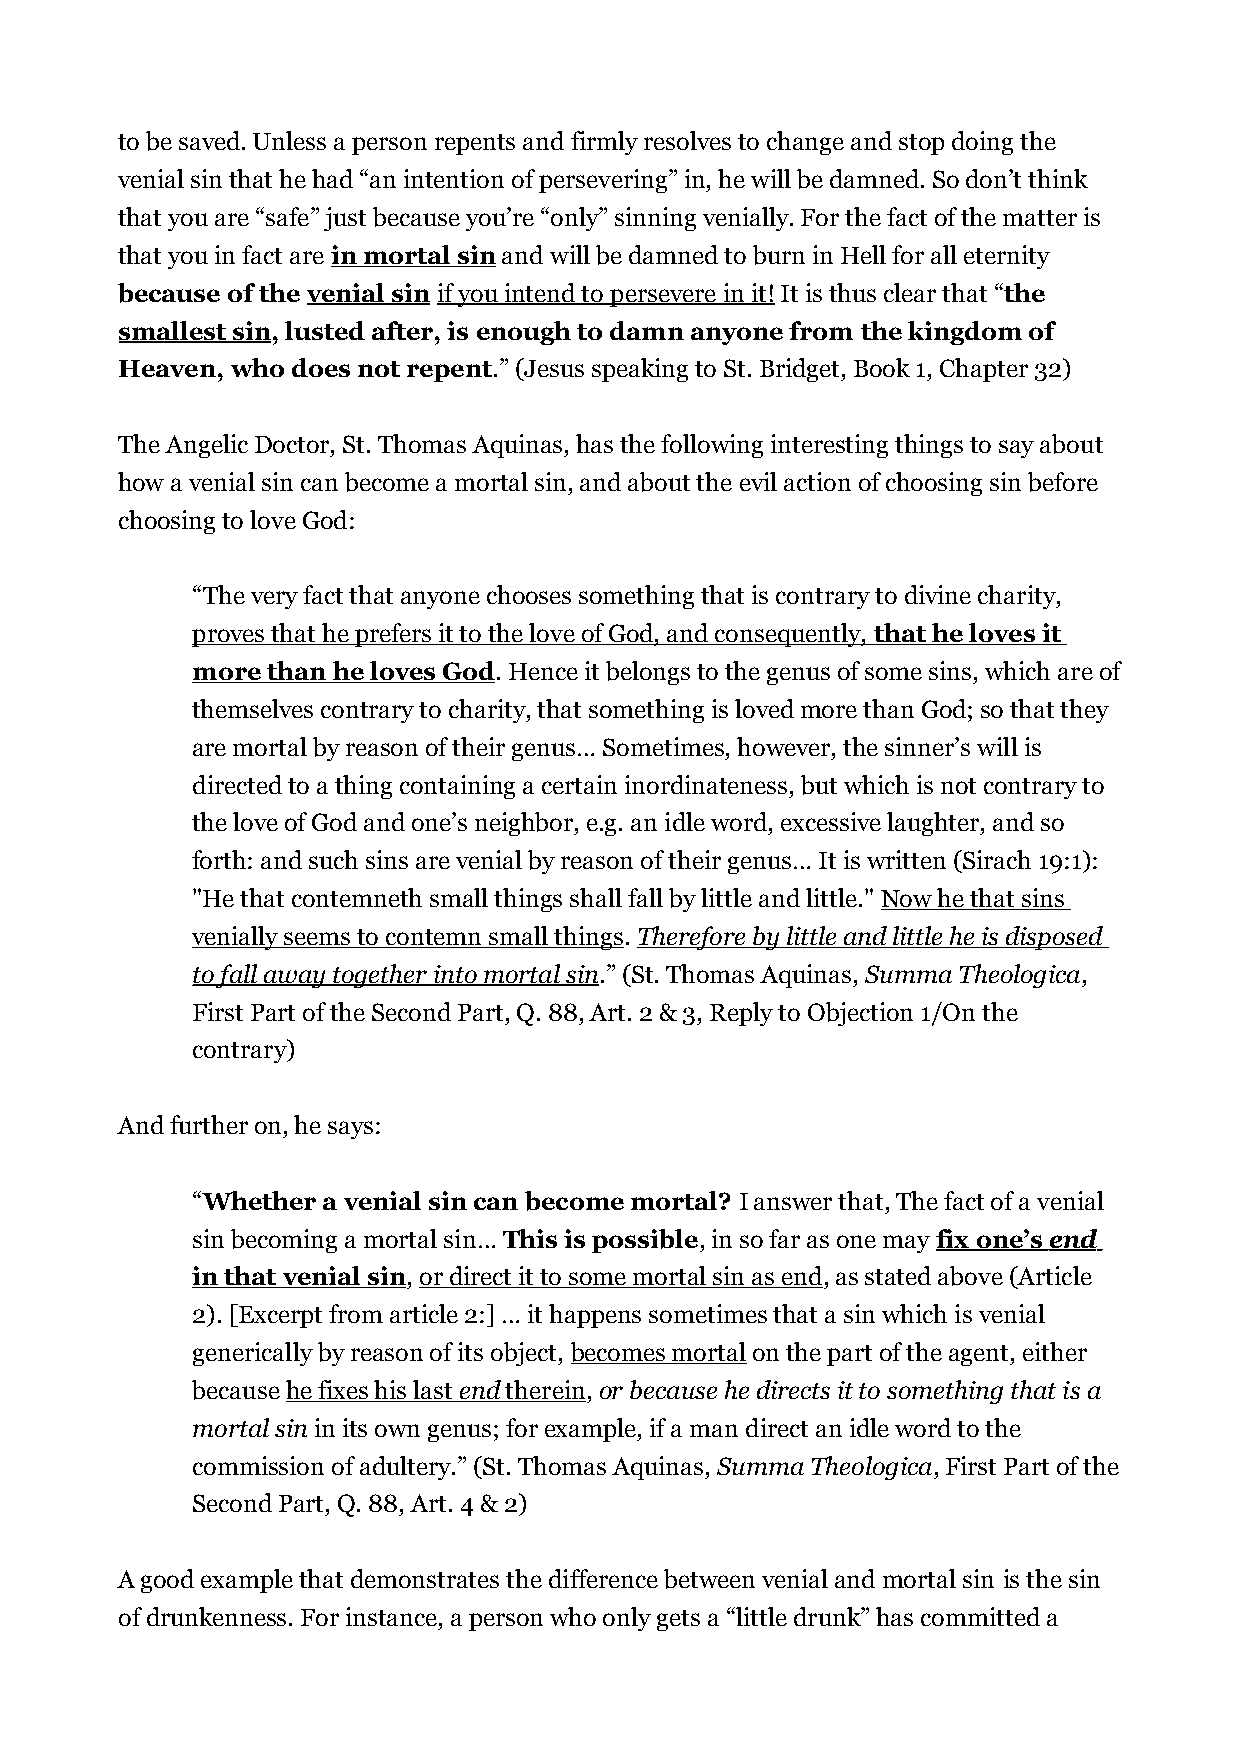
to be saved. Unless a person repents and firmly resolves to change and stop doing the
 venial sin that he had “an intention of persevering” in, he will be damned. So don’t think
 that you are “safe” just because you’re “only” sinning venially. For the fact of the matter is
 that you in fact are in mortal sin and will be damned to burn in Hell for all eternity
 because of the venial sin if you intend to persevere in it! It is thus clear that “the
 smallest sin, lusted after, is enough to damn anyone from the kingdom of
 Heaven, who does not repent.” (Jesus speaking to St. Bridget, Book 1, Chapter 32)
 The Angelic Doctor, St. Thomas Aquinas, has the following interesting things to say about
 how a venial sin can become a mortal sin, and about the evil action of choosing sin before
 choosing to love God:
 “The very fact that anyone chooses something that is contrary to divine charity,
 proves that he prefers it to the love of God, and consequently, that he loves it
 more than he loves God. Hence it belongs to the genus of some sins, which are of
 themselves contrary to charity, that something is loved more than God; so that they
 are mortal by reason of their genus… Sometimes, however, the sinner’s will is
 directed to a thing containing a certain inordinateness, but which is not contrary to
 the love of God and one’s neighbor, e.g. an idle word, excessive laughter, and so
 forth: and such sins are venial by reason of their genus… It is written (Sirach 19:1):
 "He that contemneth small things shall fall by little and little." Now he that sins
 venially seems to contemn small things. Therefore by little and little he is disposed
 to fall away together into mortal sin.” (St. Thomas Aquinas, Summa Theologica,
 First Part of the Second Part, Q. 88, Art. 2 & 3, Reply to Objection 1/On the
 contrary)
 And further on, he says:
 “Whether a venial sin can become mortal? I answer that, The fact of a venial
 sin becoming a mortal sin… This is possible, in so far as one may fix one’s end
 in that venial sin, or direct it to some mortal sin as end, as stated above (Article
 2). [Excerpt from article 2:] … it happens sometimes that a sin which is venial
 generically by reason of its object, becomes mortal on the part of the agent, either
 because he fixes his last end therein , or because he directs it to something that is a
 mortal sin in its own genus; for example, if a man direct an idle word to the
 commission of adultery.” (St. Thomas Aquinas, Summa Theologica, First Part of the
 Second Part, Q. 88, Art. 4 & 2)
 A good example that demonstrates the difference between venial and mortal sin is the sin
 of drunkenness. For instance, a person who only gets a “little drunk” has committed a